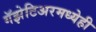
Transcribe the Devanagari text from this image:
गॅझेटिअरमध्येही